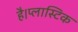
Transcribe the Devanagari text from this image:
है।प्लास्टिक